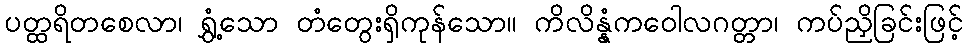
ပတ္ထရိတစေလာ၊ ရွှံ့သော တံတွေးရှိကုန်သော။ ကိလိန္နံကဝေါလဂတ္တာ၊ ကပ်ညှိခြင်းဖြင့်